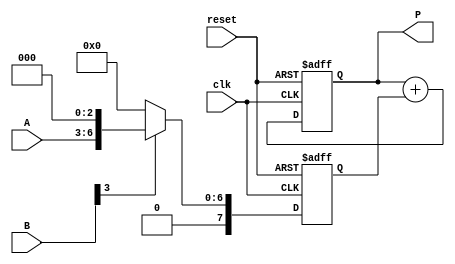
module vedic_multiplier #(parameter N = 4) (
    input [N-1:0] A,       // Multiplicand
    input [N-1:0] B,       // Multiplier
    input clk,             // Clock signal
    input reset,           // Reset signal
    output reg [2*N-1:0] P // Product output
);

// Internal signals
reg [2*N-1:0] partial_products[0:N-1]; // Array to store partial products
integer i, j;

// Generate partial products
always @ (posedge clk or posedge reset) begin
    if (reset) begin
        P <= 0; // Reset product
        // Clear partial products
        for (i = 0; i < N; i = i + 1) begin
            partial_products[i] <= 0;
        end
    end else begin
        // Generate partial products based on B
        for (i = 0; i < N; i = i + 1) begin
            if (B[i] == 1) begin
                partial_products[i] <= A << i; // Shift A by i positions
            end else begin
                partial_products[i] <= 0; // Zero for B[i] = 0
            end
        end
        
        // Accumulate the partial products
        P <= 0;
        for (j = 0; j < N; j = j + 1) begin
            P <= P + partial_products[j]; // Sum partial products
        end
    end
end

endmodule